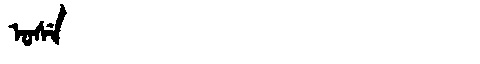
Manchu: ᠣᠰᡝ
Romanization: OSE